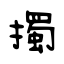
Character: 擉